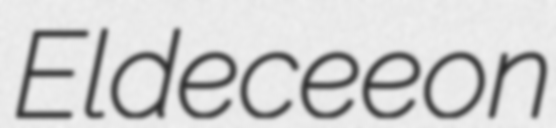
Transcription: Eldeceeon